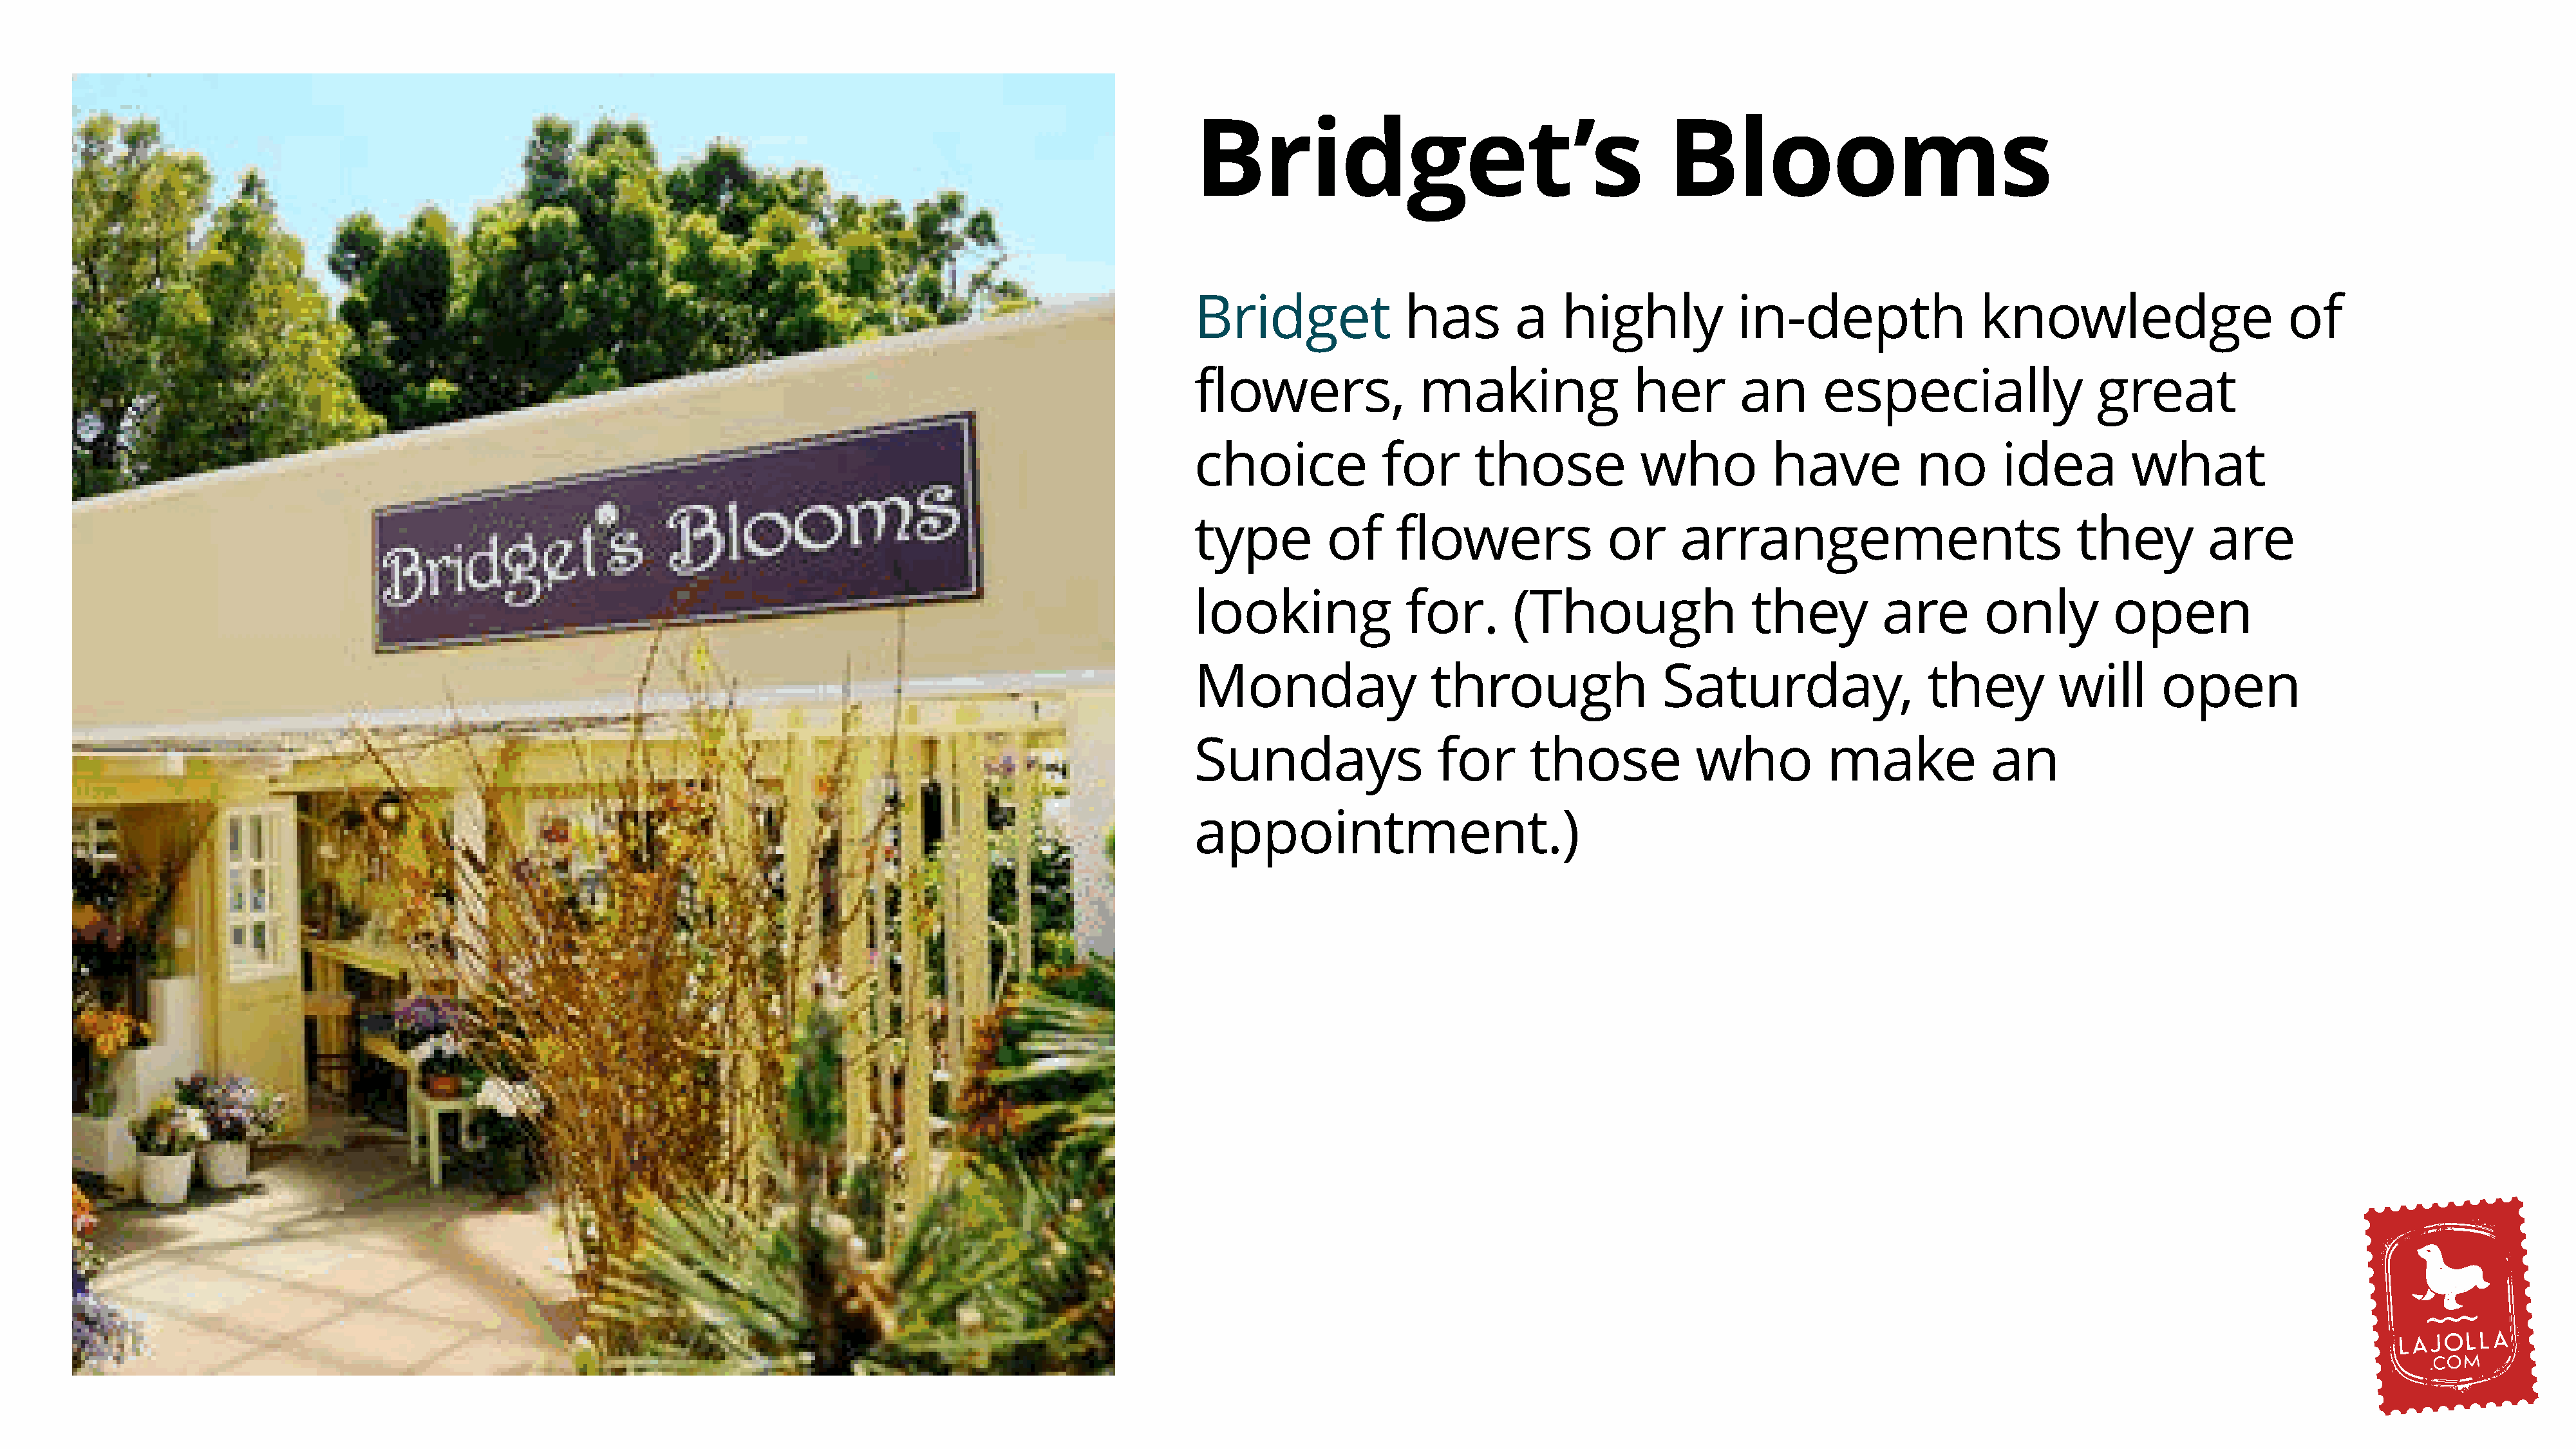
Bridget’s                                       Blooms
 Bridget               has        a    highly            in-depth                 knowledge                      of
 flowers,               making                her        an      especially                   great
 choice             for       those            who          have           no       idea         what
 type         of     flowers               or      arrangements                            they          are
 looking              for.        (Though                 they         are        only         open
 Monday                  through                 Saturday,                  they          will      open
 Sundays                  for      those            who           make             an
 appointment.)